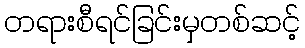
တရားစီရင်ခြင်းမှတစ်ဆင့်